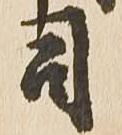
司